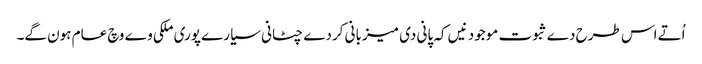
اُتے اس طرح دے ثبوت موجود نیں کہ پانی دی میزبانی کردے چٹانی سیارے پوری ملکی وے وچ عام ہون گے۔